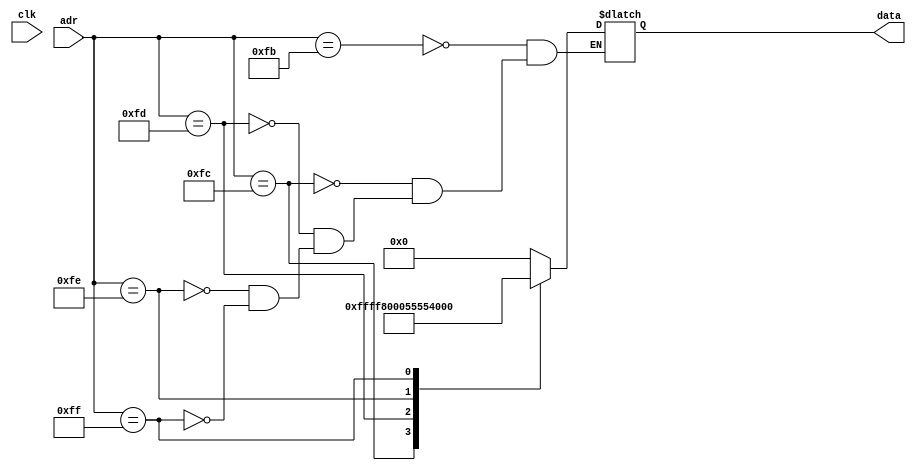
module ROM(input clk,input [7:0] adr, output reg [15:0] data);
	always @(adr) begin
		case(adr)
		  251: data = 16'h0000;
			252: data = 16'hFFFF;
			253: data = 16'h8000;// 1/2
			254: data = 16'h5555;// 1/3
			255: data = 16'h4000;// 1/4
		endcase
	end
endmodule